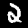
Digit: 2